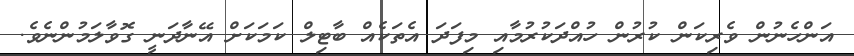
އަންހެނުން ވެރިކަން ކުރުން ހުއްދަކުރުމާއި މިފަދަ އެތަކެއް ބާޓިލް ކަމަކަށް އޭނާދަނީ ގޮވާލަމުންނެވެ.